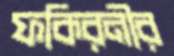
ফকিরনীর